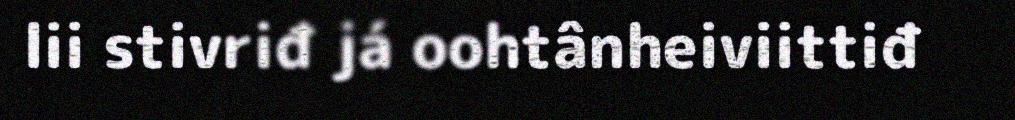
lii stivriđ já oohtânheiviittiđ